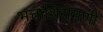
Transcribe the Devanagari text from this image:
भक्तशिरोमणी